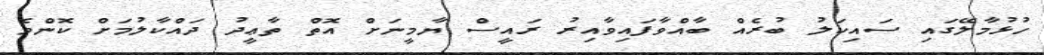
ހުޅުމާލޭގައި ސައިކަލު ބުރެއް ބާއްވާފައިވާއިރު ރައީސް ޔާމީނަށް އޮތް ތާޢީދު ދައްކާލުމަށް ކޮންމެ